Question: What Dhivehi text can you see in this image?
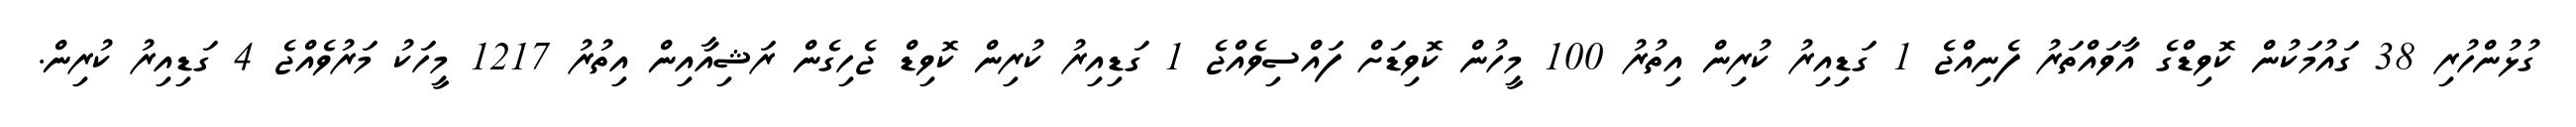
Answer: ގުޅުންހުރި 38 ގައުމަކުން ކޮވިޑްގެ އާވައްތަރު ފެނިއްޖެ 1 ގަޑިއިރު ކުރިން އިތުރު 100 މީހުން ކޮވިޑަށް ފައްސިވެއްޖެ 1 ގަޑިއިރު ކުރިން ކޮވިޑް ޖެހިގެން ރަޝިއާއިން އިތުރު 1217 މީހަކު މަރުވެއްޖެ 4 ގަޑިއިރު ކުރިން.